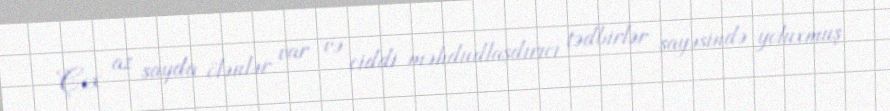
Çox az sayda ölənlər var və ciddi məhdudlaşdırıcı tədbirlər sayəsində yoluxmuş